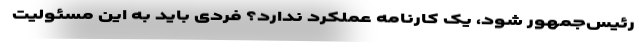
رئیس‌جمهور شود، یک کارنامه عملکرد ندارد؟ فردی باید به این مسئولیت